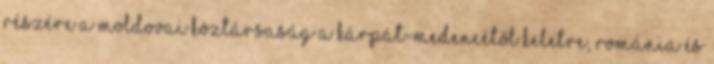
részére A Moldovai Köztársaság a Kárpát-medencétől keletre, Románia és